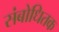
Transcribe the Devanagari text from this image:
संबोधितक